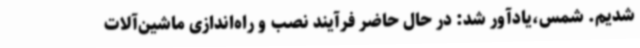
شدیم. شمس،یادآور شد: در حال حاضر فرآیند نصب و راه‌اندازی ماشین‌آلات